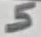
Text: 5